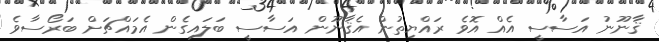
ޤާނޫނު އަސާސީ އެއް އޮވެ ރައްޔިތުން އެޤާނޫން އަސާސީ ބަލައިގެން އެމައްޗަށް ބަރޯސާވެ